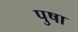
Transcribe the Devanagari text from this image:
पुषा